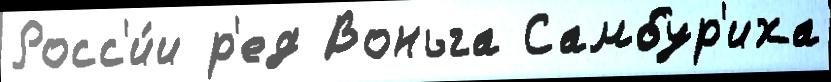
Росс'и́и р'ед Воньга Самбур'иха